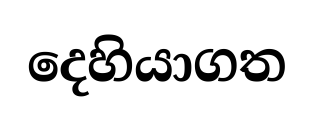
දෙහියාගත